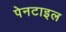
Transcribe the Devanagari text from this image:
पेनटाइल